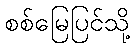
စစ်မြေပြင်သို့